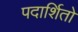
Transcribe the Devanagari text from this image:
पदार्शितो